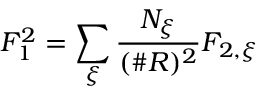
F _ { 1 } ^ { 2 } = \sum _ { \xi } \frac { N _ { \xi } } { ( \# R ) ^ { 2 } } F _ { 2 , \xi }